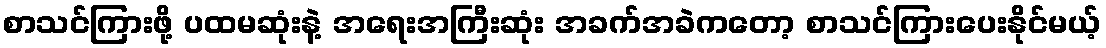
စာသင်ကြားဖို့ ပထမဆုံးနဲ့ အရေးအကြီးဆုံး အခက်အခဲကတော့ စာသင်ကြားပေးနိုင်မယ့်